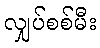
လျှပ်စစ်မီး